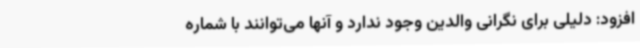
افزود: دلیلی برای نگرانی والدین وجود ندارد و آنها می‌توانند با شماره